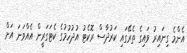
އެންމެ ގިނައިރު ވައިގެ ތެރޭގައި ކަރުދާސް ރޮކެޓު އުދުހުމުގެ ކެޓަގަރީން އެއްވަނަ އަށް